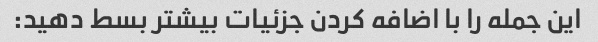
این جمله را با اضافه کردن جزئیات بیشتر بسط دهید: